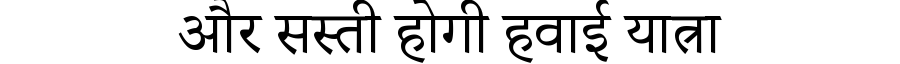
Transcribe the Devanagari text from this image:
और सस्ती होगी हवाई यात्रा